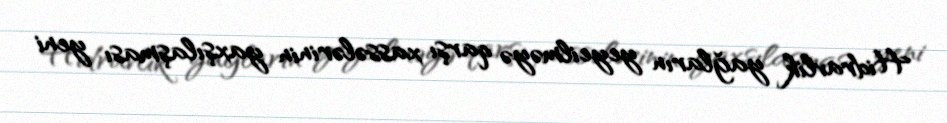
Hidravlik yağların yeyeilməyə qarşı xassələrinin yaxşılaşması yeni